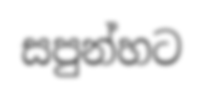
සපුන්හට